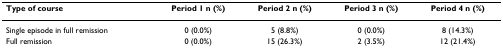
<table><thead><tr><td><b>Type of course</b></td><td><b>Period 1 n (%)</b></td><td><b>Period 2 n (%)</b></td><td><b>Period 3 n (%)</b></td><td><b>Period 4 n (%)</b></td></tr></thead><tbody><tr><td>Single episode in full remission</td><td>0 (0.0%)</td><td>5 (8.8%)</td><td>0 (0.0%)</td><td>8 (14.3%)</td></tr><tr><td>Full remission</td><td>0 (0.0%)</td><td>15 (26.3%)</td><td>2 (3.5%)</td><td>12 (21.4%)</td></tr></tbody></table>